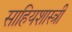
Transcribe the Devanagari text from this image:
साहियशास्त्री